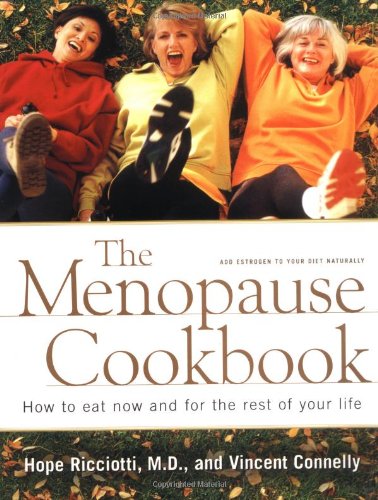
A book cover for The Menopause Cookbook: How to Eat Now and for the Rest of Your Life; Vincent Connelly; Health, Fitness & Dieting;